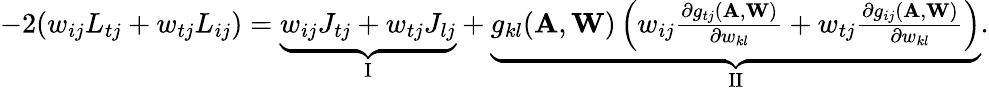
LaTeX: \begin{array}{r}{-2(w_{ij}L_{tj}+w_{tj}L_{ij})=\underbrace{w_{ij}J_{tj}+w_{tj}J_{lj}}_{\mathrm{I}}+\underbrace{g_{kl}(\mathbf A,\mathbf W)\left(w_{ij}\frac{\partial g_{tj}(\mathbf A,\mathbf W)}{\partial w_{kl}}+w_{tj}\frac{\partial g_{ij}(\mathbf A,\mathbf W)}{\partial w_{kl}}\right)}_{\mathrm{II}}.}\end{array}